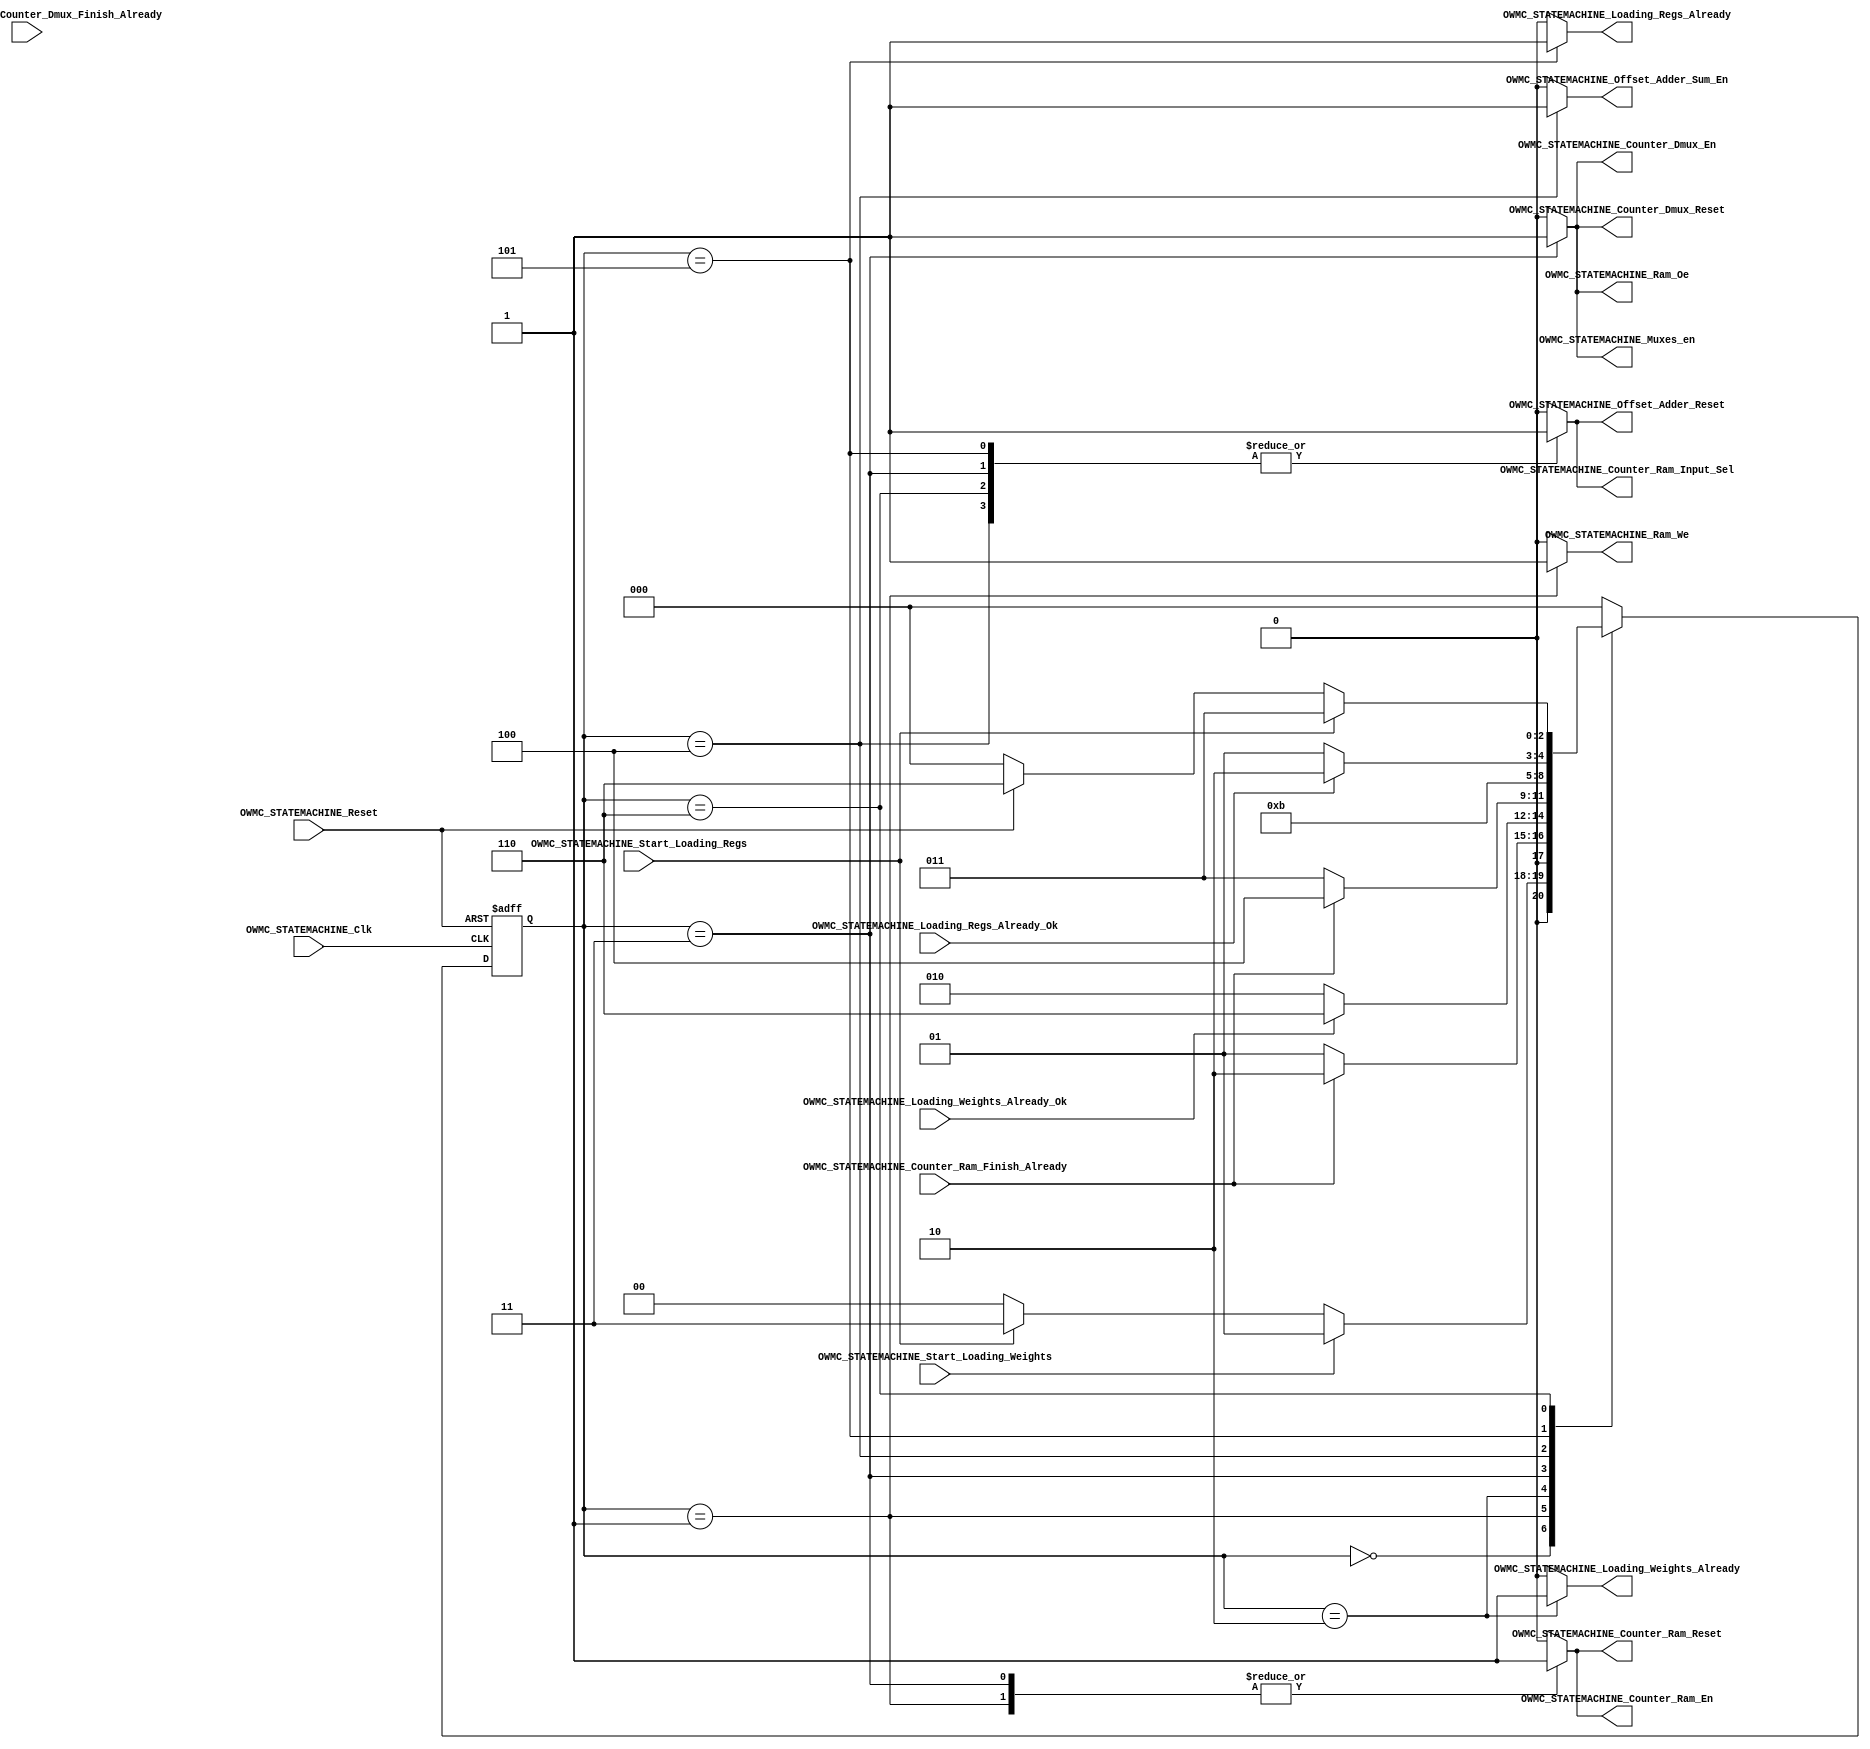
/*#########################################################################
//# On-chip weight memory controller state machine
//#########################################################################
//#
//# Copyright (C) 2021 Jose Maria Jaramillo Hoyos 
//# 
//# This program is free software: you can redistribute it and/or modify
//# it under the terms of the GNU General Public License as published by
//# the Free Software Foundation, either version 3 of the License, or
//# (at your option) any later version.
//#
//# This program is distributed in the hope that it will be useful,
//# but WITHOUT ANY WARRANTY; without even the implied warranty of
//# MERCHANTABILITY or FITNESS FOR A PARTICULAR PURPOSE.  See the
//# GNU General Public License for more details.
//#
//# You should have received a copy of the GNU General Public License
//# along with this program.  If not, see <https://www.gnu.org/licenses/>.
//#
//########################################################################*/

module OWMC_STATEMACHINE(

//////////// INPUTS //////////
OWMC_STATEMACHINE_Clk,
OWMC_STATEMACHINE_Reset,
OWMC_STATEMACHINE_Start_Loading_Weights,
OWMC_STATEMACHINE_Start_Loading_Regs,
OWMC_STATEMACHINE_Loading_Weights_Already_Ok,
OWMC_STATEMACHINE_Loading_Regs_Already_Ok,
OWMC_STATEMACHINE_Counter_Ram_Finish_Already,
OWMC_STATEMACHINE_Counter_Dmux_Finish_Already,
//////////// OUTPUTS //////////
OWMC_STATEMACHINE_Loading_Weights_Already,
OWMC_STATEMACHINE_Loading_Regs_Already,
OWMC_STATEMACHINE_Counter_Dmux_En,
OWMC_STATEMACHINE_Counter_Dmux_Reset,
OWMC_STATEMACHINE_Counter_Ram_En,
OWMC_STATEMACHINE_Counter_Ram_Reset,
OWMC_STATEMACHINE_Counter_Ram_Input_Sel,
OWMC_STATEMACHINE_Offset_Adder_Reset,
OWMC_STATEMACHINE_Offset_Adder_Sum_En,
OWMC_STATEMACHINE_Muxes_en,
OWMC_STATEMACHINE_Ram_Oe,
OWMC_STATEMACHINE_Ram_We

);


//=======================================================
//  State declarations
//=======================================================
localparam State_reset							=0;
localparam State_loading_weights				=1;
localparam State_wait_confirmation0       =2;
localparam State_loading_weights_regs		=3;
localparam State_adder_en						=4;
localparam State_wait_confirmation1			=5;
localparam State_Started						=6;

//=======================================================
//  PORT declarations
//=======================================================
input OWMC_STATEMACHINE_Clk;
input OWMC_STATEMACHINE_Reset;
input OWMC_STATEMACHINE_Start_Loading_Weights;
input OWMC_STATEMACHINE_Start_Loading_Regs;
input OWMC_STATEMACHINE_Loading_Weights_Already_Ok;
input OWMC_STATEMACHINE_Loading_Regs_Already_Ok;
input OWMC_STATEMACHINE_Counter_Ram_Finish_Already;
input OWMC_STATEMACHINE_Counter_Dmux_Finish_Already;
output reg OWMC_STATEMACHINE_Loading_Weights_Already;
output reg OWMC_STATEMACHINE_Loading_Regs_Already;
output reg OWMC_STATEMACHINE_Counter_Dmux_En;
output reg OWMC_STATEMACHINE_Counter_Dmux_Reset;
output reg OWMC_STATEMACHINE_Counter_Ram_En;
output reg OWMC_STATEMACHINE_Counter_Ram_Reset;
output reg OWMC_STATEMACHINE_Counter_Ram_Input_Sel;
output reg OWMC_STATEMACHINE_Offset_Adder_Reset;
output reg OWMC_STATEMACHINE_Offset_Adder_Sum_En;
output reg OWMC_STATEMACHINE_Muxes_en;
output reg OWMC_STATEMACHINE_Ram_Oe;
output reg OWMC_STATEMACHINE_Ram_We;

//=======================================================
//  REG/WIRE declarations
//=======================================================
reg [2:0] State_Register;
reg [2:0] State_Signal;

// Next state combinational logic
always @(*)
begin
	case (State_Register)
		
		State_reset: if(OWMC_STATEMACHINE_Start_Loading_Weights)
								State_Signal=State_loading_weights;
						 else if(OWMC_STATEMACHINE_Start_Loading_Regs)
								State_Signal=State_loading_weights_regs;
						 else
								State_Signal=State_reset;
		
		State_loading_weights: if(OWMC_STATEMACHINE_Counter_Ram_Finish_Already)
											State_Signal=State_wait_confirmation0;
									  else
											State_Signal=State_loading_weights;
											
										
		State_wait_confirmation0: if(OWMC_STATEMACHINE_Loading_Weights_Already_Ok)
												State_Signal=State_Started;
										  else
												State_Signal=State_wait_confirmation0;
												
		
		State_loading_weights_regs: if(OWMC_STATEMACHINE_Counter_Ram_Finish_Already)
													State_Signal=State_adder_en;
											 else	
													State_Signal=State_loading_weights_regs;
													
		State_adder_en:State_Signal=State_wait_confirmation1;
		
		
		State_wait_confirmation1: if(OWMC_STATEMACHINE_Loading_Regs_Already_Ok)
												State_Signal=State_Started;
										  else
												State_Signal=State_wait_confirmation1;
		
		State_Started: if(OWMC_STATEMACHINE_Start_Loading_Regs)
								State_Signal=State_loading_weights_regs;
							else if(!OWMC_STATEMACHINE_Reset)
								State_Signal=State_reset;
							else
								State_Signal=State_Started;
								
		default : State_Signal = State_reset;
	endcase
end

// Sequential Logic
always @ (negedge OWMC_STATEMACHINE_Clk , negedge OWMC_STATEMACHINE_Reset)
begin
	if (!OWMC_STATEMACHINE_Reset)
		State_Register <= State_reset;
	else
		State_Register <= State_Signal;
end

// COMBINATIONAL OUTPUT LOGIC
always @ (*)
begin
	
	case(State_Register)
	
		State_reset:
		begin
			OWMC_STATEMACHINE_Loading_Weights_Already = 0;
			OWMC_STATEMACHINE_Loading_Regs_Already = 0;
			OWMC_STATEMACHINE_Counter_Dmux_En=0;
			OWMC_STATEMACHINE_Counter_Dmux_Reset=0;
			OWMC_STATEMACHINE_Counter_Ram_En=0;
			OWMC_STATEMACHINE_Counter_Ram_Reset=0;
			OWMC_STATEMACHINE_Counter_Ram_Input_Sel=0;
			OWMC_STATEMACHINE_Offset_Adder_Reset=0;
			OWMC_STATEMACHINE_Offset_Adder_Sum_En=0;
			OWMC_STATEMACHINE_Muxes_en=0;
			OWMC_STATEMACHINE_Ram_Oe = 0;
			OWMC_STATEMACHINE_Ram_We = 0;
		end
		
		State_loading_weights:
		begin
			OWMC_STATEMACHINE_Loading_Weights_Already = 0;
			OWMC_STATEMACHINE_Loading_Regs_Already = 0;		
			OWMC_STATEMACHINE_Counter_Dmux_En=0;
			OWMC_STATEMACHINE_Counter_Dmux_Reset=0;
			OWMC_STATEMACHINE_Counter_Ram_En=1;
			OWMC_STATEMACHINE_Counter_Ram_Reset=1;
			OWMC_STATEMACHINE_Counter_Ram_Input_Sel=0;
			OWMC_STATEMACHINE_Offset_Adder_Reset=0;
			OWMC_STATEMACHINE_Offset_Adder_Sum_En=0;
			OWMC_STATEMACHINE_Muxes_en=0;
			OWMC_STATEMACHINE_Ram_Oe = 0;
			OWMC_STATEMACHINE_Ram_We = 1;
		end
			
		State_wait_confirmation0:
		begin
			OWMC_STATEMACHINE_Loading_Weights_Already = 1;
			OWMC_STATEMACHINE_Loading_Regs_Already = 0;
			OWMC_STATEMACHINE_Counter_Dmux_En=0;
			OWMC_STATEMACHINE_Counter_Dmux_Reset=0;
			OWMC_STATEMACHINE_Counter_Ram_En=0;
			OWMC_STATEMACHINE_Counter_Ram_Reset=0;
			OWMC_STATEMACHINE_Counter_Ram_Input_Sel=0;
			OWMC_STATEMACHINE_Offset_Adder_Reset=0;
			OWMC_STATEMACHINE_Offset_Adder_Sum_En=0;
			OWMC_STATEMACHINE_Muxes_en=0;
			OWMC_STATEMACHINE_Ram_Oe = 0;
			OWMC_STATEMACHINE_Ram_We = 0;
		end
			
		State_loading_weights_regs:
		begin
			OWMC_STATEMACHINE_Loading_Weights_Already = 0;
			OWMC_STATEMACHINE_Loading_Regs_Already = 0;
			OWMC_STATEMACHINE_Counter_Dmux_En=1;
			OWMC_STATEMACHINE_Counter_Dmux_Reset=1;
			OWMC_STATEMACHINE_Counter_Ram_En=1;
			OWMC_STATEMACHINE_Counter_Ram_Reset=1;
			OWMC_STATEMACHINE_Counter_Ram_Input_Sel=1;
			OWMC_STATEMACHINE_Offset_Adder_Reset=1;
			OWMC_STATEMACHINE_Offset_Adder_Sum_En=0;
			OWMC_STATEMACHINE_Muxes_en=1;
			OWMC_STATEMACHINE_Ram_Oe = 1;
			OWMC_STATEMACHINE_Ram_We = 0;
		end
		
		
		State_adder_en:
		begin
			OWMC_STATEMACHINE_Loading_Weights_Already = 0;
			OWMC_STATEMACHINE_Loading_Regs_Already = 0;
			OWMC_STATEMACHINE_Counter_Dmux_En=0;
			OWMC_STATEMACHINE_Counter_Dmux_Reset=0;
			OWMC_STATEMACHINE_Counter_Ram_En=0;
			OWMC_STATEMACHINE_Counter_Ram_Reset=0;
			OWMC_STATEMACHINE_Counter_Ram_Input_Sel=1;
			OWMC_STATEMACHINE_Offset_Adder_Reset=1;
			OWMC_STATEMACHINE_Offset_Adder_Sum_En=1;
			OWMC_STATEMACHINE_Muxes_en=0;
			OWMC_STATEMACHINE_Ram_Oe = 0;
			OWMC_STATEMACHINE_Ram_We = 0;
		end
		
		
		State_wait_confirmation1:
		begin
			OWMC_STATEMACHINE_Loading_Weights_Already = 0;
			OWMC_STATEMACHINE_Loading_Regs_Already = 1;
			OWMC_STATEMACHINE_Counter_Dmux_En=0;
			OWMC_STATEMACHINE_Counter_Dmux_Reset=0;
			OWMC_STATEMACHINE_Counter_Ram_En=0;
			OWMC_STATEMACHINE_Counter_Ram_Reset=0;
			OWMC_STATEMACHINE_Counter_Ram_Input_Sel=1;
			OWMC_STATEMACHINE_Offset_Adder_Reset=1;
			OWMC_STATEMACHINE_Offset_Adder_Sum_En=0;
			OWMC_STATEMACHINE_Muxes_en=0;
			OWMC_STATEMACHINE_Ram_Oe = 0;
			OWMC_STATEMACHINE_Ram_We = 0;
		end
		
		
		State_Started:
		begin
			OWMC_STATEMACHINE_Loading_Weights_Already = 0;
			OWMC_STATEMACHINE_Loading_Regs_Already = 0;
			OWMC_STATEMACHINE_Counter_Dmux_En=0;
			OWMC_STATEMACHINE_Counter_Dmux_Reset=0;
			OWMC_STATEMACHINE_Counter_Ram_En=0;
			OWMC_STATEMACHINE_Counter_Ram_Reset=0;
			OWMC_STATEMACHINE_Counter_Ram_Input_Sel=1;
			OWMC_STATEMACHINE_Offset_Adder_Reset=1;
			OWMC_STATEMACHINE_Offset_Adder_Sum_En=0;
			OWMC_STATEMACHINE_Muxes_en=0;
			OWMC_STATEMACHINE_Ram_Oe = 0;
			OWMC_STATEMACHINE_Ram_We = 0;
		end
		
		default:
		begin
			OWMC_STATEMACHINE_Loading_Weights_Already = 0;
			OWMC_STATEMACHINE_Loading_Regs_Already = 0;
			OWMC_STATEMACHINE_Counter_Dmux_En=0;
			OWMC_STATEMACHINE_Counter_Dmux_Reset=0;
			OWMC_STATEMACHINE_Counter_Ram_En=0;
			OWMC_STATEMACHINE_Counter_Ram_Reset=0;
			OWMC_STATEMACHINE_Counter_Ram_Input_Sel=0;
			OWMC_STATEMACHINE_Offset_Adder_Reset=0;
			OWMC_STATEMACHINE_Offset_Adder_Sum_En=0;
			OWMC_STATEMACHINE_Muxes_en=0;
			OWMC_STATEMACHINE_Ram_Oe = 0;
			OWMC_STATEMACHINE_Ram_We = 0;
		end
	
	endcase

end


endmodule